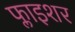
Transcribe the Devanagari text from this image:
फ्लाइशर